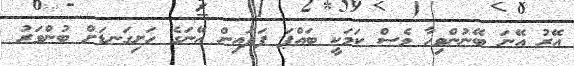
އޭރު އޭނަ ބޭނުންވިހާ ވެސް ކަމަކީ ބައްޕަ ފަދައިން އޭނަގެ ހަށިގަނޑަށް ބުންވަރު